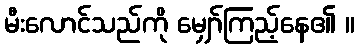
မီးလောင်သည်ကို မျှော်ကြည့်နေ၏ ။